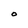
Character: O